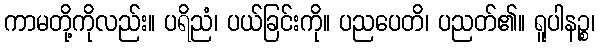
ကာမတို့ကိုလည်း။ ပရိညံ၊ ပယ်ခြင်းကို။ ပညပေတိ၊ ပညတ်၏။ ရူပါနဉ္စ၊